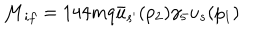
{ \cal { M } } _ { i f } = 1 4 4 m q \bar { u } _ { s ^ { \prime } } ( p _ { 2 } ) \gamma _ { 5 } u _ { s } ( p _ { 1 } )